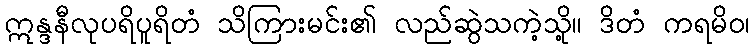
ဣန္ဒနီလုပရိပူရိတံ သိကြားမင်း၏ လည်ဆွဲသကဲ့သို့။ ဒိတံ ကရမိဝ၊